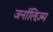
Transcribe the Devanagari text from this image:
जर्नालिज़्म